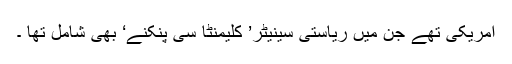
امریکی تھے جن میں ریاستی سینیٹر’ کلیمنٹا سی پنکنے‘ بھی شامل تھا ۔